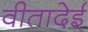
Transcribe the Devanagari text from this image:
वीतादेई